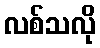
လစ်သလို